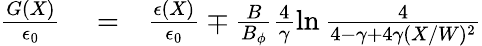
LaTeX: \begin{array}{rlr}{\frac{G(X)}{\epsilon_{0}}}&{{}=}&{\frac{\epsilon(X)}{\epsilon_{0}}\mp\frac{B}{B_{\phi}}\frac{4}{\gamma}\ln\frac{4}{4-\gamma+4\gamma(X/W)^{2}}}\end{array}